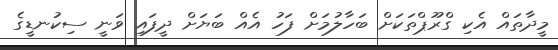
މީދާތައް އެކި ގްރޫޕްތަކަށް ބަހާލުމަށް ފަހު އެއް ބަޔަށް ދީފައި ވަނީ ސިކުނޑީގެ